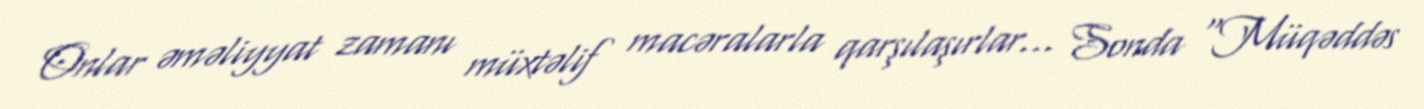
Onlar əməliyyat zamanı müxtəlif macəralarla qarşılaşırlar… Sonda "Müqəddəs